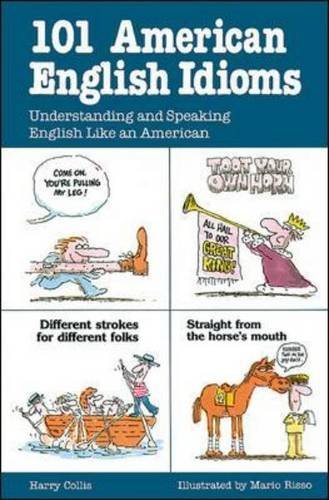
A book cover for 101 American English Idioms: Understanding and Speaking English Like an American; Harry Collis; Reference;